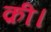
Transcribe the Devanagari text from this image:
क़ी।